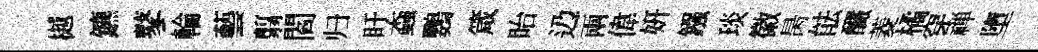
樾鑣鼕輪藝翦閻归盱螙鸚箴眙辸兩偉妍鏹琰徽昺䏻釅菱橘穿禅墮